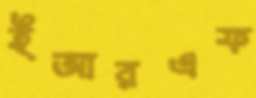
ইআরএফ